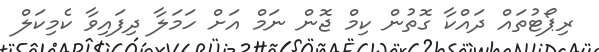
ރިޕޯޓުތައް ދައްކާ ގޮތުން ކިމް ޖޮން ނަމް އަށް ހަމަލާ ދިފައިވާ ކެމިކަލް